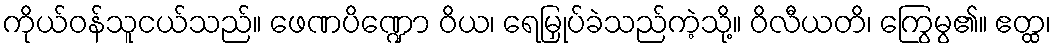
ကိုယ်ဝန်သူငယ်သည်။ ဖေဏပိဏ္ဍော ဝိယ၊ ရေမြှုပ်ခဲသည်ကဲ့သို့။ ဝိလီယတိ၊ ကြွေမွ၏။ ဧတ္ထ၊